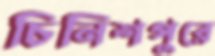
চিনিশপুরে